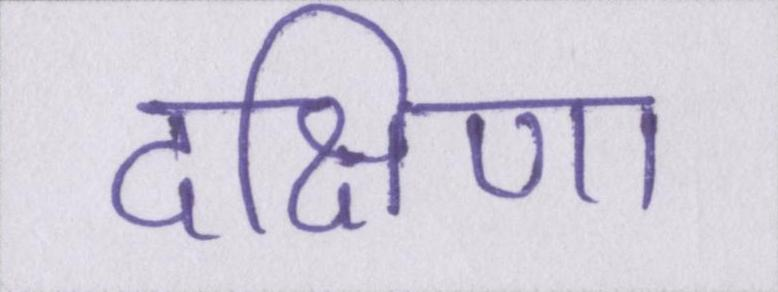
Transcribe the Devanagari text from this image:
दक्षिणा